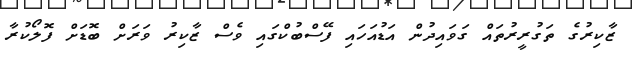
ޒާކިރުގެ ތަގުރީރުތައް ގަވައިދުން އަޑުއަހައި ފޭސްބުކްގައި ވެސް ޒާކިރު ވަރަށް ބޮޑަށް ފޮލޯކުރާ